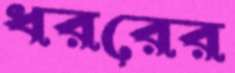
ধররের